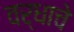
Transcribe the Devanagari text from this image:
वर्धाचे